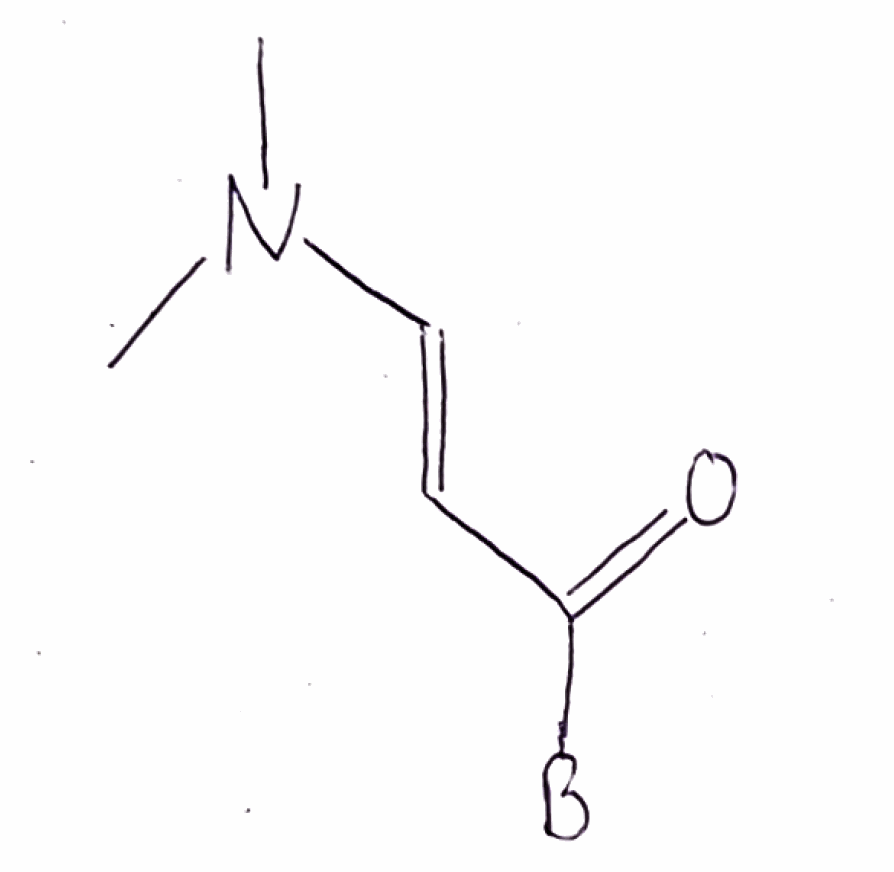
Simplified molecular-input line-entry system (SMILES) notation of the given molecule:
[B]C(=O)/C=C/N(C)C